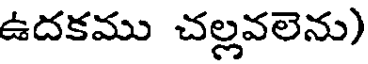
ఉదకము చల్లవలెను)